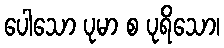
ပေါသော ပုမာ စ ပုရိသော၊